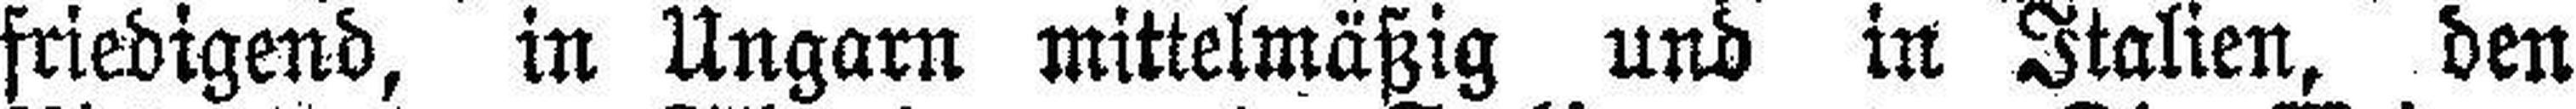
friedigend, in Ungarn mittelmäßig und in Italien, den